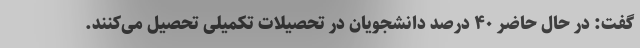
گفت: در حال حاضر ۴۰ درصد دانشجویان در تحصیلات تکمیلی تحصیل می‌کنند.